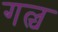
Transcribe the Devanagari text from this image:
गल्च